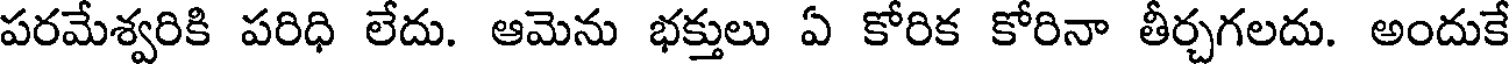
పరమేశ్వరికి పరిధి లేదు. ఆమెను భక్తులు ఏ కోరిక కోరినా తీర్చగలదు. అందుకే